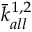
\bar { k } _ { a l l } ^ { 1 , 2 }